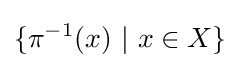
\{\pi ^{-1}(x)\ |\ x\in X\}